Fourth election of Education Authorities, 1928, 1928
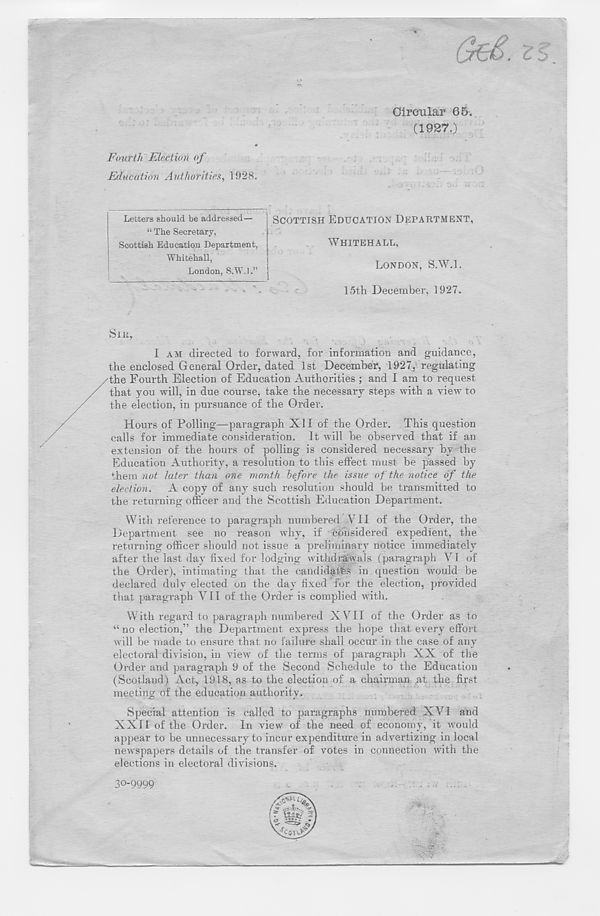
z ^
Circular 65.
(1927.)
Fourth Election of
Education Authorities, 1928.
Letters should be addressed—
“ The Secretary,
Scottish Education Department,
Whitehall,
London, S.W.l.”
SCOTTISH EDUCATION DEPARTMENT,
WHITEHALL,
LONDON, S.W.l.
15th December, 1927.
SIR,
I AM directed to forward, for information and guidance,
the enclosed General Order, dated 1st December, 1927, regulating
the Fourth Election of Education Authorities ; and I am to request
that you will, in due course, take the necessary steps with a view to
the election, in pursuance of the Order.
Hours of Polling—paragraph XII of the Order. This question
calls for immediate consideration. It will be observed that if an
extension of the hours of polling is considered necessary by the
Education Authority, a resolution to this effect must be passed by
them not later than one month before the issue of the notice of the
election. A copy of any such resolution should be transmitted to
the returning officer and the Scottish Education Department.
With reference to paragraph numbered VII of the Order, the
Department see no reason why, if considered expedient, the
returning officer should not issue a preliminary notice immediately
after the last day fixed for lodging withdrawals (paragraph VI of
the Order), intimating that the candidath§ in question would be
declared duly elected on the day fixed 'for the election, provided
that paragraph VII of the Order is complied with.
With regard to paragraph numbered XVII of the Order as to
“ no election,” the Department express the hope that every effort
will be made to ensure that no failure shall occur in the case of any
electoral division, in view of the terms of paragraph XX of the
Order and paragraph 9 of the Second Schedule to the Education
(Scotland) Act, 1918, as to the election of a chairman at the first
meeting of the education authority.
Special attention is called to paragraphs numbered XVI and
XXII of the Order. In view of the need of economy, it would
appear to be unnecessary to incur expenditure in advertizing in local
newspapers details of the transfer of votes in connection with the
elections in electoral divisions.
30-9999